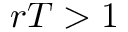
r T > 1